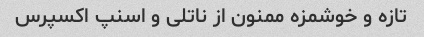
تازه و خوشمزه ممنون از ناتلی و اسنپ اکسپرس